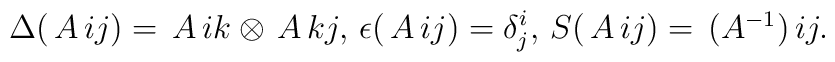
\Delta(\matrix{A}{i}{j})=\matrix{A}{i}{k}\otimes\matrix{A}{k}{j},\,\epsilon(\matrix{A}{i}{j})=\delta^i _j ,\, S(\matrix{A}{i}{j})=\matrix{(A^{-1})}{i}{j}.